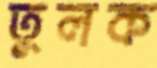
তুলক